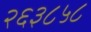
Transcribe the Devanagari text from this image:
२६३८५८